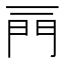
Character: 𨳌